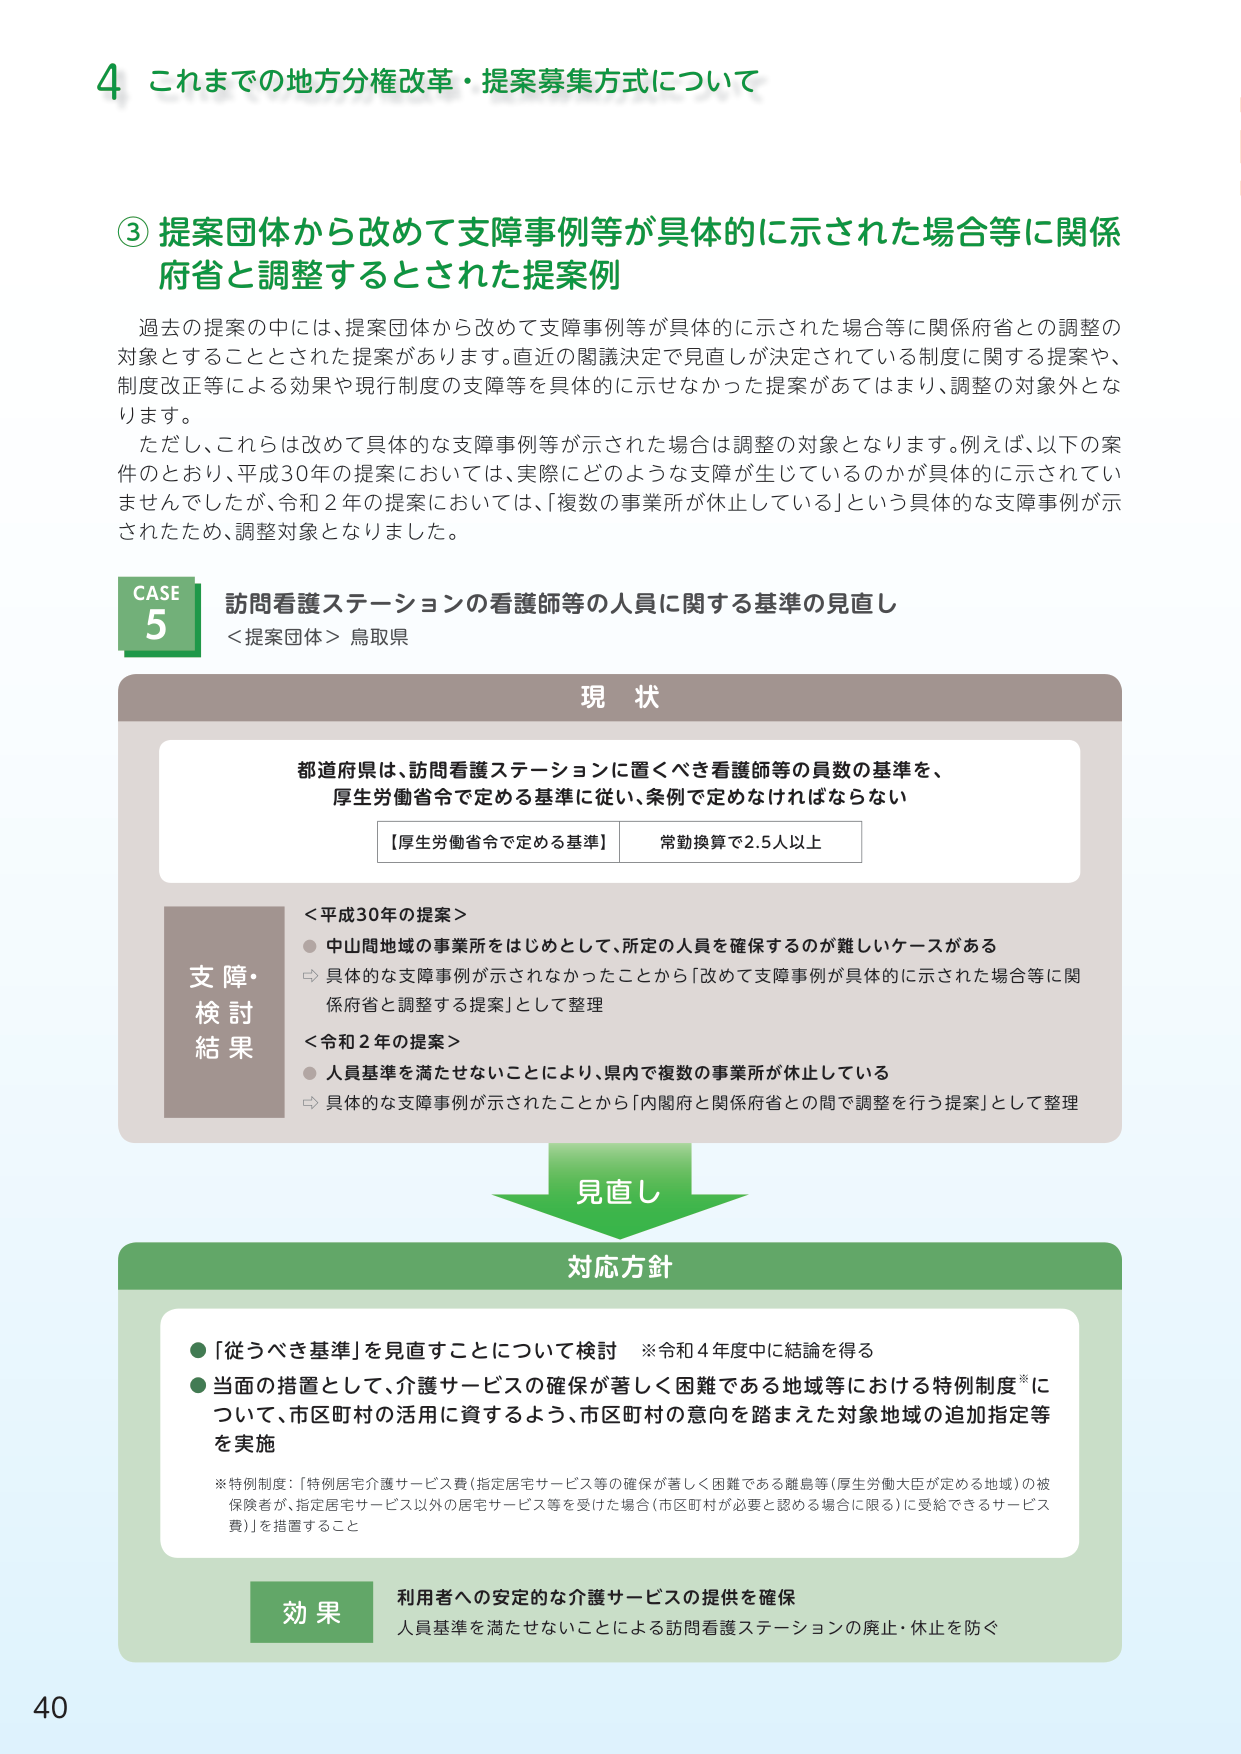
4 これまでの地方分権改革・提案募集方式について

③ 提案団体から改めて支障事例等が具体的に示された場合等に関係府省と調整するとされた提案例

過去の提案の中には、提案団体から改めて支障事例等が具体的に示された場合等に関係府省との調整の対象とすることとされた提案があります。直近の閣議決定で見直しが決定されている制度に関する提案や、制度改正等による効果や現行制度の支障等を具体的に示せなかった提案があってはまり、調整の対象外となります。

ただし、これらは改めて具体的な支障事例等が示された場合は調整の対象となります。例えば、以下の案件のとおり、平成30年の提案においては、実際にどのような支障が生じているのかが具体的に示されていませんでしたが、令和2年の提案においては、「複数の事業所が休止している」という具体的な支障事例が示されたため、調整対象となりました。

CASE 5 訪問看護ステーションの看護師等の人員に関する基準の見直し
＜提案団体＞ 鳥取県

現状
都道府県は、訪問看護ステーションに置くべき看護師等の員数の基準を、厚生労働省令で定める基準に従い、条例で定めなければならない
【厚生労働省令で定める基準】 常勤換算で2.5人以上

支障・検討結果
＜平成30年の提案＞
● 中山間地域の事業所をはじめとして、所定の人員を確保するのが難しいケースがある
→ 具体的な支障事例が示されなかったことから「改めて支障事例が具体的に示された場合等に関係府省と調整する提案」として整理

＜令和2年の提案＞
● 人員基準を満たせないことにより、県内で複数の事業所が休止している
→ 具体的な支障事例が示されたことから「内閣府と関係府省との間で調整を行う提案」として整理

見直し

対応方針
● 「従うべき基準」を見直すことについて検討 ※令和4年度中に結論を得る
● 当面の措置として、介護サービスの確保が著しく困難である地域等における特例制度※について、市区町村の活用に資するよう、市区町村の意向を踏まえた対象地域の追加指定等を実施

※特例制度：「特例住宅介護サービス費（指定居宅サービス等の確保が著しく困難である離島等（厚生労働大臣が定める地域）の被保険者が、指定居宅サービス以外の居宅サービス等を受けた場合（市区町村が必要と認める場合に限る）に受給できるサービス費）」を措置すること

効果
利用者への安定的な介護サービスの提供を確保
人員基準を満たせないことによる訪問看護ステーションの廃止・休止を防ぐ

40